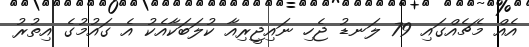
އެއް މެޗެއްގައި 79 ލަނޑު ޖެހި ނައިޖީރިއާ ކުލަބަކާއެކު އެ ގައުމުގެ އިތުރު